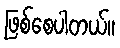
ဖြစ်စေပါတယ်။